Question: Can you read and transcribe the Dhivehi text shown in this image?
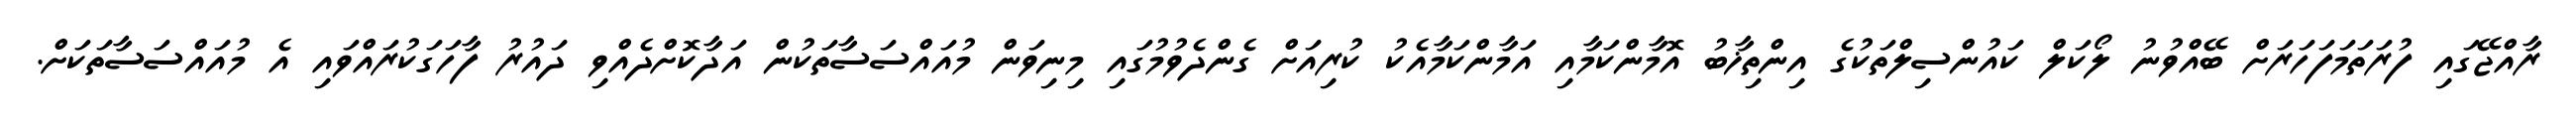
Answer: ރާއްޖޭގައި ފުރަތަމަފަހަރަށް ބޭއްވުނު ލޯކަލް ކައުންސިލްތަކުގެ އިންތިޚާބު އޮމާންކަމާއި އަމާންކަމާއެކު ކުރިއަށް ގެންދެވުމުގައި މިނިވަން މުއައްސަސާތަކުން އަދާކޮށްދެއްވި ދައުރު ފާހަގަކުރައްވައި އެ މުއައްސަސާތަކަށް.